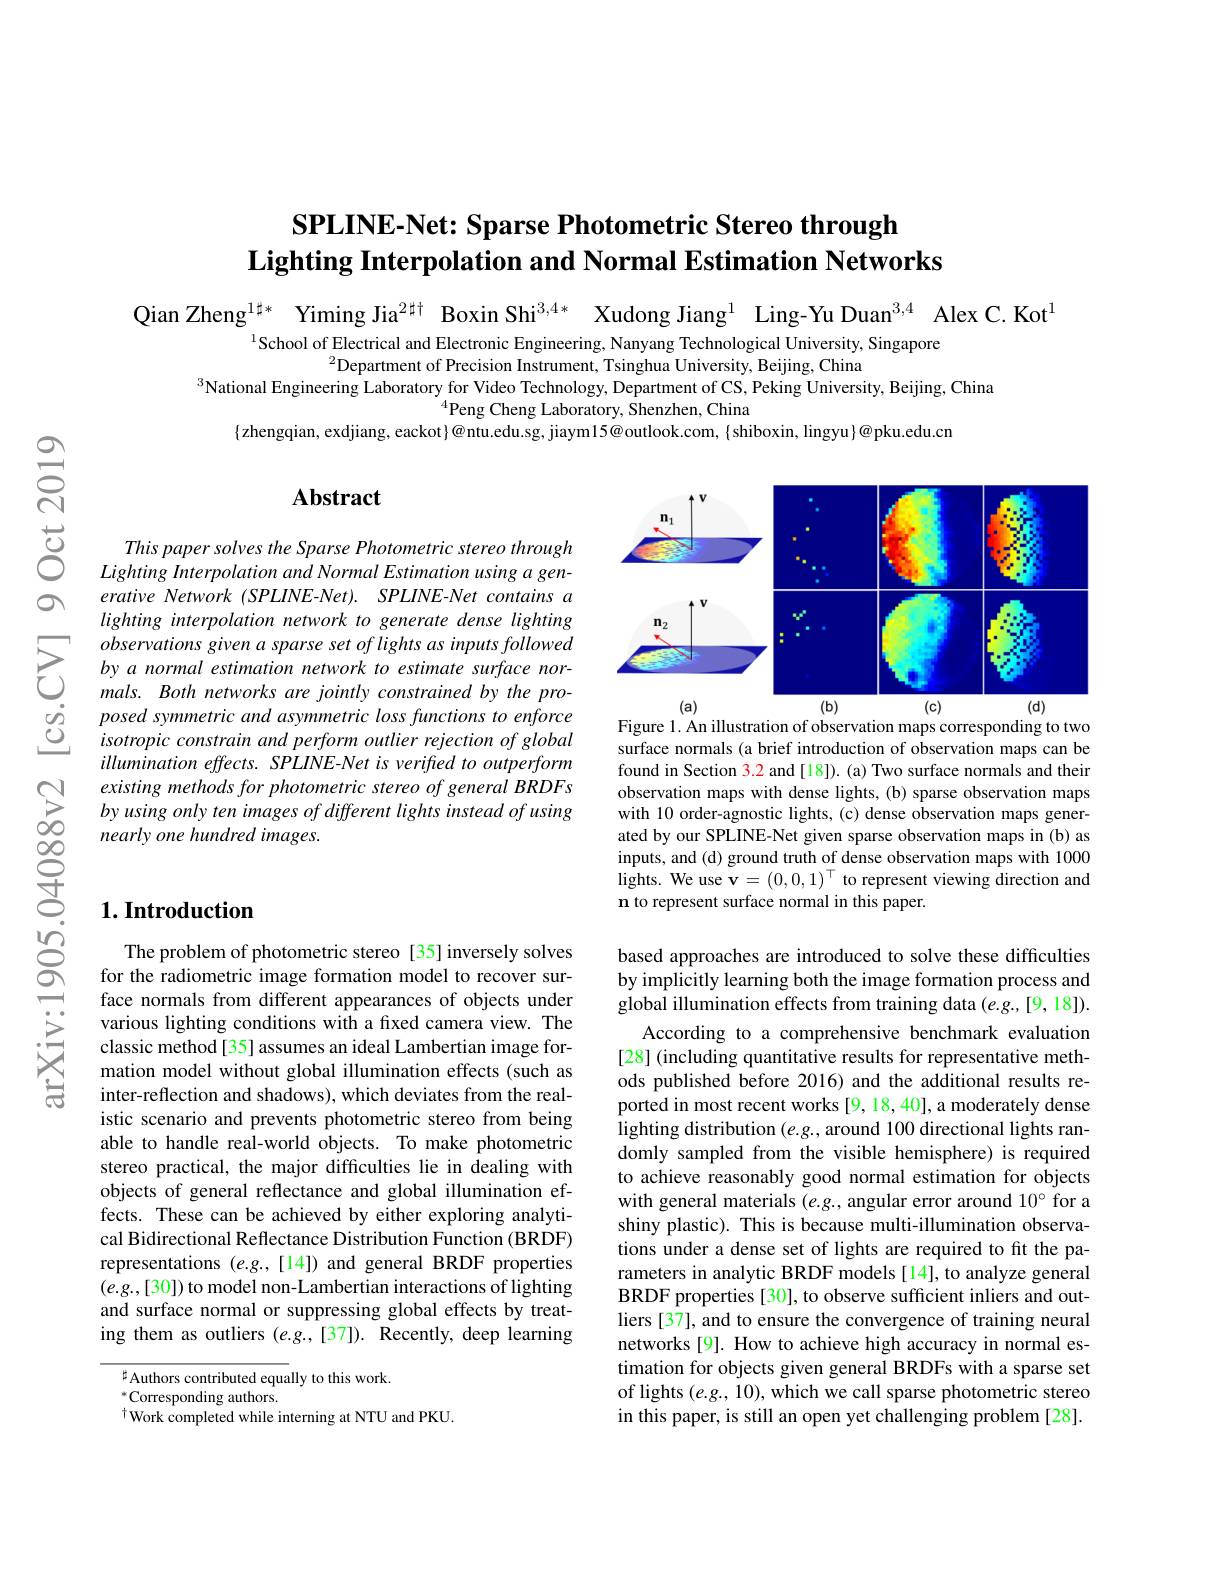
# SPLINE-Net: Sparse Photometric Stereo through Lighting Interpolation and Normal Estimation Networks

Qian Zheng$^{1\sharp*}$ Yiming Jia$^{2\sharp\dagger}$ Boxin Shi$^{3,4*}$ Xudong Jiang$^{1}$ Ling-Yu Duan$^{3,4}$ Alex C.Kot

$^{1}$School of Electrical and Electronic Engineering, Nanyang Technological University, Singapore
$^{2}$Department of Precision Instrument, Tsinghua University, Beijing, China
$^{3}$National Engineering Laboratory for Video Technology, Department of CS, Peking University, Beijing, China
$^{4}$Peng Cheng Laboratory, Shenzhen, China
$\{$zhengqian, exdjiang, eackot$\}@$ntu.edu.sg, jiaym$15@$outlook.com, $\{$shiboxin, lingyu$\}@$pku.edu.cn

## Abstract

This paper solves the Sparse Photometric stereo through Lighting Interpolation and Normal Estimation using a generative Network (SPLINE-Net). SPLINE-Net contains a lighting interpolation network to generate dense lighting
$\sum_{\begin{array}{cc}&observations&given\:a\:sparse\:set\:of\:lights\:as\:inputs\:followed\\&by\:a\:normal\:estimation\:network\:to\:estimate\:surface\:nor-\\&mals.\:Both\:networks\:are\:jointly\:constrained\:by\:the\:pro-\end{array}}$
posed symmetric and asymmetric loss functions to enforce isotropicconstrainandperformoutlierrejectionofglobal illumination effects. SPLINE-Net is verified to outperform existing methods for photometric stereo of general BRDFs by using only ten images of different lights instead of using nearly one hundred images.

### $1. \textbf{Introduction}$

The problem of photometric stereo [35] inversely solves for the radiometric image formation model to recover surface normals from different appearances of objects under various lighting conditions with a fxed camera view. The classic method[35] assumes an ideal Lambertian image formation model without global illumination effects (such as inter-reflection and shadows), which deviates from the realistic scenario and prevents photometric stereo from being able to handle real-world objects. To make photometric stereo practical, the major difficulties lie in dealing with objects of general reflectance and global illumination effects. These can be achieved by either exploring analytical Bidirectional Reflectance Distribution Function (BRDF) representations (e.g.,[14]) and general BRDF properties $(e.g.,[30])$ to model non-Lambertian interactions of lighting and surface normal or suppressing global effects by treating them as outliers $(e.g.,[37]).$ Recently, deep learning

${\text{中Authors contributed equally to this work.}}$
$^*$Corresponding authors.
$^{\dagger}$Work completed while interning at NTU and PKU.

<FigureHere>

Figure 1. An illustration of observation maps corresponding to two surface normals (a brief introduction of observation maps can be found in Section 3.2 and [18]). (a) Two surface normals and their observation maps with dense lights, (b) sparse observation maps with 10 order-agnostic lights, (c) dense observation maps generated by our SPLINE-Net given sparse observation maps in (b) as inputs, and (d) ground truth of dense observation maps with 1000 lights. We use v= ( 0, 0, 1$) ^{\top }$ to represent viewing direction and n to represent surface normal in this paper.

based approaches are introduced to solve these difficulties by implicitly learning both the image formation process and global illumination effects from training data $(e.g.,[9,18]).$
According to a comprehensive benchmark evaluation [28] (including quantitative results for representative methods published before 2016) and the additional results reported in most recent works [9, 18,40],a moderately dense lighting distribution $(e.g.$, around 100 directional lights randomly sampled from the visible hemisphere) is required to achieve reasonably good normal estimation for objects with general materials $(e.g.$, angular error around $10^{\circ}$ for a shiny plastic). This is because multi-illumination observations under a dense set of lights are required to fit the parameters in analytic BRDF models [14], to analyze general BRDF properties [30], to observe sufficient inliers and outliers [37], and to ensure the convergence of training neural networks [9]. How to achieve high accuracy in normal estimation for objects given general BRDFs with a sparse set of lights $(e.g.,10)$, which we call sparse photometric stereo in this paper, is still an open yet challenging problem [28].